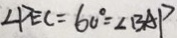
\angle D E C = 6 0 ^ { \circ } = \angle B A P